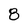
Character: 8